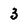
Character: 3